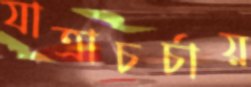
যাত্রাচর্চায়